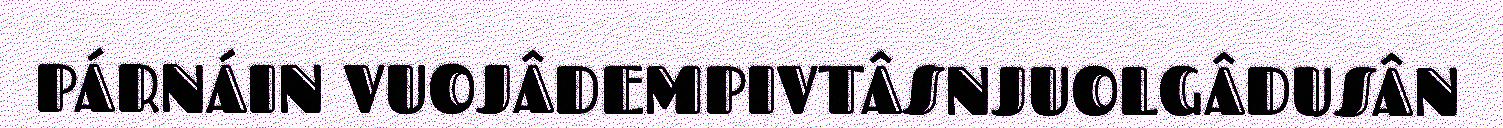
PÁRNÁIN VUOJÂDEMPIVTÂSNJUOLGÂDUSÂN